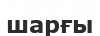
шарғы